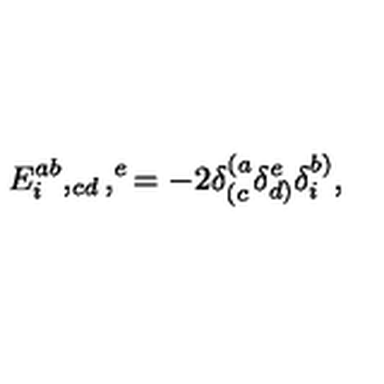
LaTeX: E _ { i } ^ { a b } , _ { c d } , ^ { e } = - 2 \delta _ { ( c } ^ { ( a } \delta _ { d ) } ^ { e } \delta _ { i } ^ { b ) } ,